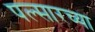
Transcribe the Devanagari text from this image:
पल्सारच्या